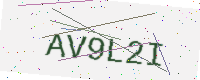
Text: AV9L2I